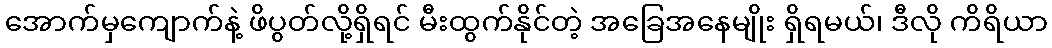
အောက်မှကျောက်နဲ့ ဖိပွတ်လို့ရှိရင် မီးထွက်နိုင်တဲ့ အခြေအနေမျိုး ရှိရမယ်၊ ဒီလို ကိရိယာ